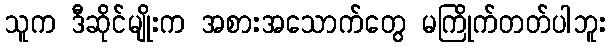
သူက ဒီဆိုင်မျိုးက အစားအသောက်တွေ မကြိုက်တတ်ပါဘူး